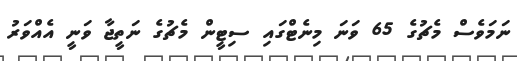
ނަމަވެސް މެޗުގެ 65 ވަނަ މިނެޓްގައި ސިޓީން މެޗުގެ ނަތީޖާ ވަނީ އެއްވަރު